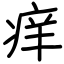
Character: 痒